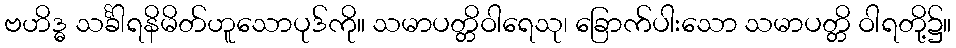
ဗဟိဒ္ဓ သင်္ခါရနိမိတ်ဟူသောပုဒ်ကို။ သမာပတ္တိဝါရေသု၊ ခြောက်ပါးသော သမာပတ္တိ ဝါရတို့၌။